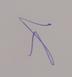
Signature authenticity: genuine